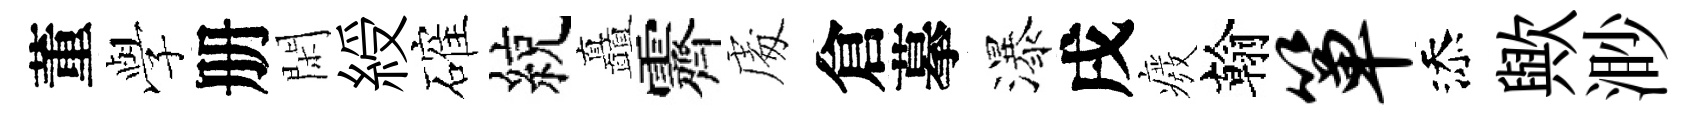
董𫝯册閑綬確綂矗霽䖏倉摹瀑戌癈翰箪添歟渺